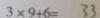
3 \times 9 + 6 = 3 3